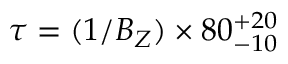
\tau = ( 1 / B _ { Z } ) \times 8 0 _ { - 1 0 } ^ { + 2 0 }